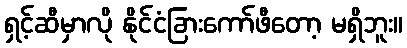
ရှင့်ဆီမှာလို နိုင်ငံခြားကော်ဖီတော့ မရှိဘူး။